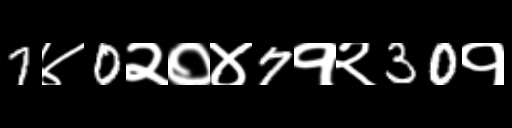
Text: 7४0२०४7१२30१